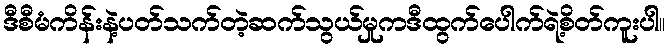
ဒီစီမံကိန်းနဲ့ပတ်သက်တဲ့ဆက်သွယ်မှုကဒီထွက်ပေါက်ရဲ့စိတ်ကူးပါ။